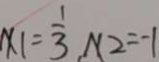
x 1 = \frac { 1 } { 3 } N 2 = - 1